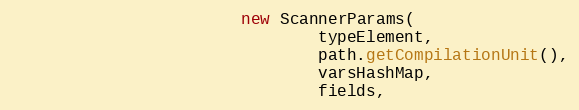
Language: Java
                        new ScannerParams(
                                typeElement,
                                path.getCompilationUnit(),
                                varsHashMap,
                                fields,